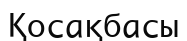
Қосақбасы